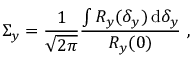
\Sigma _ { y } = \frac { 1 } { { \sqrt { 2 \pi } } } \frac { { \int { R _ { y } ( \delta _ { y } ) \, \mathrm { d } \delta _ { y } } } } { { R _ { y } ( 0 ) } } ~ ,